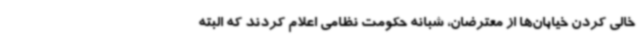
خالی کردن خیابان‌ها از معترضان، شبانه حکومت نظامی اعلام کردند که البته